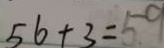
5 6 + 3 = 5 9